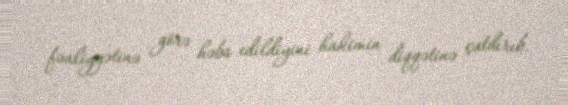
fəaliyyətinə görə həbs edildiyini hakimin diqqətinə çatdırıb.